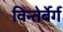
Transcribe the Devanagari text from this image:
विन्तेर्बेर्ग